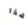
هذا